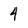
Character: 4